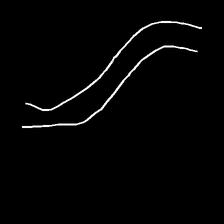
Glyph: float